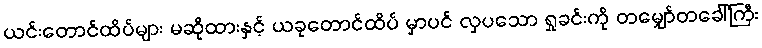
ယင်းတောင်ထိပ်များ မဆိုထားနှင့် ယခုတောင်ထိပ် မှာပင် လှပသော ရှုခင်းကို တမျှော်တခေါ်ကြီး